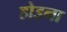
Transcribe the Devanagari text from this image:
होइना